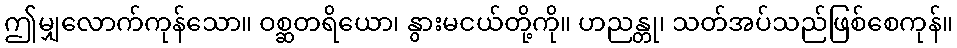
ဤမျှလောက်ကုန်သော။ ဝစ္ဆတရိယော၊ နွားမငယ်တို့ကို။ ဟညန္တု၊ သတ်အပ်သည်ဖြစ်စေကုန်။